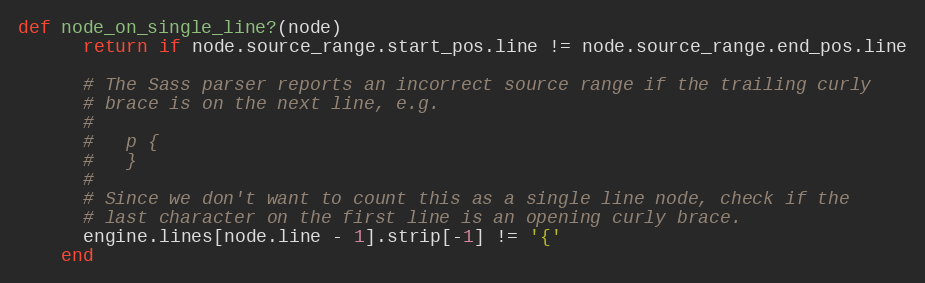
Language: Ruby
def node_on_single_line?(node)
      return if node.source_range.start_pos.line != node.source_range.end_pos.line

      # The Sass parser reports an incorrect source range if the trailing curly
      # brace is on the next line, e.g.
      #
      #   p {
      #   }
      #
      # Since we don't want to count this as a single line node, check if the
      # last character on the first line is an opening curly brace.
      engine.lines[node.line - 1].strip[-1] != '{'
    end